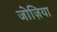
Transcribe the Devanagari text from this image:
जोज़िया